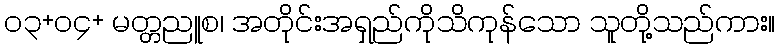
၀၃+၀၄+ မတ္တညူစ၊ အတိုင်းအရှည်ကိုသိကုန်သော သူတို့သည်ကား။